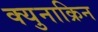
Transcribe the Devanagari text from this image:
क्युनाक्रिन